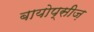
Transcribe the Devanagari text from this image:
बायोप्सीज़